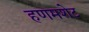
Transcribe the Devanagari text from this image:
हणमशेट